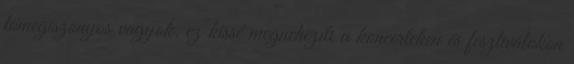
tömegiszonyos vagyok. ez kissé megnehezíti a koncerteken és fesztiválokon